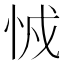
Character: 㤜